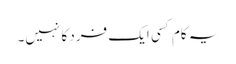
یہ کام کسی ایک فرد کا نہیں۔